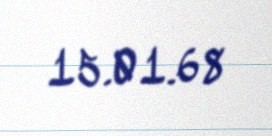
15.01.68